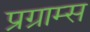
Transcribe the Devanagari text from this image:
प्रग्राम्स